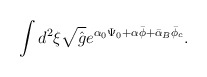
\begin{align*}\int{d^2}\xi\sqrt{\hat{g}}{e^{{\alpha_0}{\Psi_0}+\alpha\bar{\phi}+{\bar{\alpha}_B}{\bar{\phi}_c}}}.\end{align*}